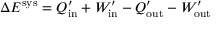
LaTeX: \Delta E ^ { \mathrm { s y s } } = Q _ { \mathrm { i n } } ^ { \prime } + W _ { \mathrm { i n } } ^ { \prime } - Q _ { \mathrm { o u t } } ^ { \prime } - W _ { \mathrm { o u t } } ^ { \prime }